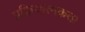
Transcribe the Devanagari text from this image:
प्रक्रियात्मकता